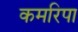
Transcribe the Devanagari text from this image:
कमरिपा